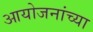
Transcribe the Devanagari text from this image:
आयोजनांच्‍या